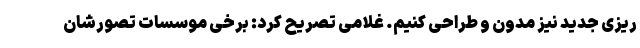
ریزی جدید نیز مدون و طراحی کنیم. غلامی تصریح کرد: برخی موسسات تصورشان